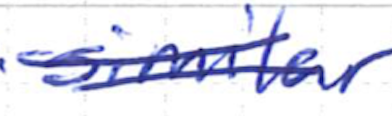
Text: similar
Cross-out: double-line
Writing tool: ballpoint